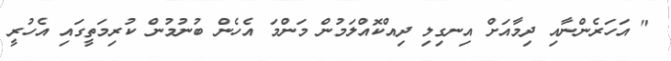
" އަހަރެންނާއި ދިމާއަށް އިނގިލި ދިއްކޮއްލަމުން މަންމަ އެހެން ބުނުމުން ކުރިމަތީގައި އެހުރީ